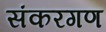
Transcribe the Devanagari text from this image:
संकरगण